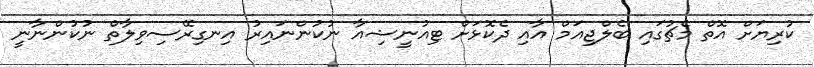
ކުރިޔަށް އޮތް މެޗުގައި ބެލްޖިއަމް އާއި ދެކޮޅަށް ޓިއުނީޝިއާ ނުކުންނައިރު އިނގިރޭސިވިލާތް ނުކުންނާނީ